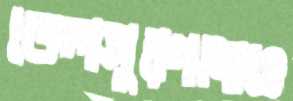
তেলসুরগাছও